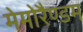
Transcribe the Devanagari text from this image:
मेमोरैण्डम